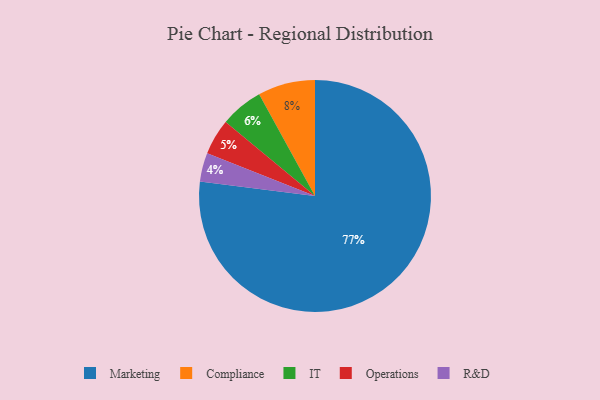
{"axis": {"x": "Category", "y": "Percentage"}, "legend": ["Compliance", "IT", "Marketing", "Operations", "R&D"], "data": [{"x": "Operations", "y": 5, "type": "Operations"}, {"x": "Marketing", "y": 77, "type": "Marketing"}, {"x": "IT", "y": 6, "type": "IT"}, {"x": "Compliance", "y": 8, "type": "Compliance"}, {"x": "R&D", "y": 4, "type": "R&D"}]}